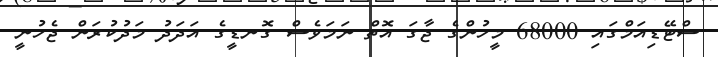
ސްޓޭޑިއަމްގައި 68000 މީހުންގެ ޖާގަ އޮތް ނަމަވެސް ގޮނޑީގެ އަދަދު މަދުކުރަން ޖެހުނީ